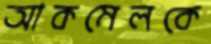
আকমেলকে